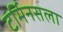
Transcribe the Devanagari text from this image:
टर्मिनसला